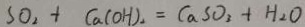
S O _ { 2 } + C a ( O H ) _ { 2 } = C a S O _ { 3 } + H _ { 2 } O